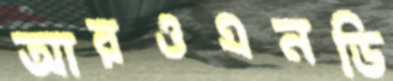
আরওএনডি